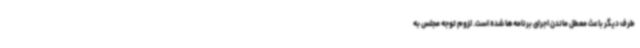
طرف دیگر باعث معطل ماندن اجرای برنامه‌ها شده است. لزوم توجه مجلس به